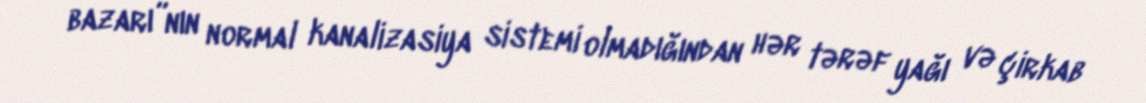
bazarı”nın normal kanalizasiya sistemi olmadığından hər tərəf yağı və çirkab